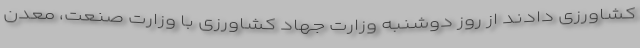
کشاورزی دادند از روز دوشنبه وزارت جهاد کشاورزی با وزارت صنعت، معدن